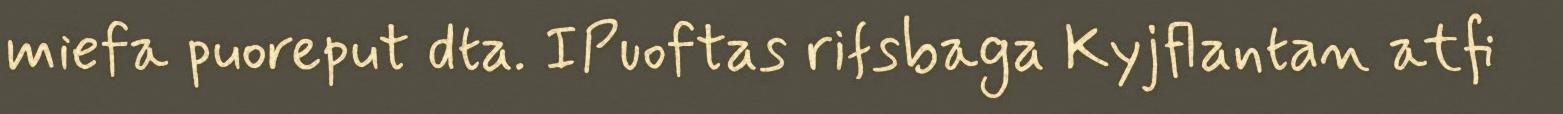
miefa puoreput dta. IPuoftas rifsbaga Kyjflantan atfi